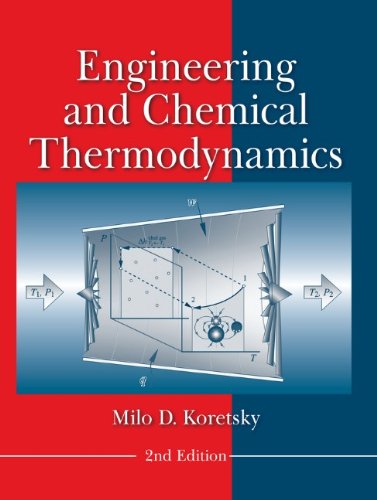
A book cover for Engineering and Chemical Thermodynamics; Milo D. Koretsky; Engineering & Transportation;